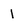
Character: l